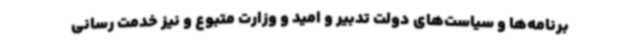
برنامه‌ها و سیاست‌های دولت تدبیر و امید و وزارت متبوع و نیز خدمت رسانی